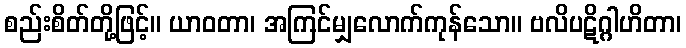
စည်းစိတ်တို့ဖြင့်။ ယာဝတာ၊ အကြင်မျှလောက်ကုန်သော။ ဗလိပဋိဂ္ဂါဟိတာ၊